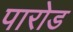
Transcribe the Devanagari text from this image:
पारोड